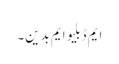
ایم ڈبلیو ایم بدین۔